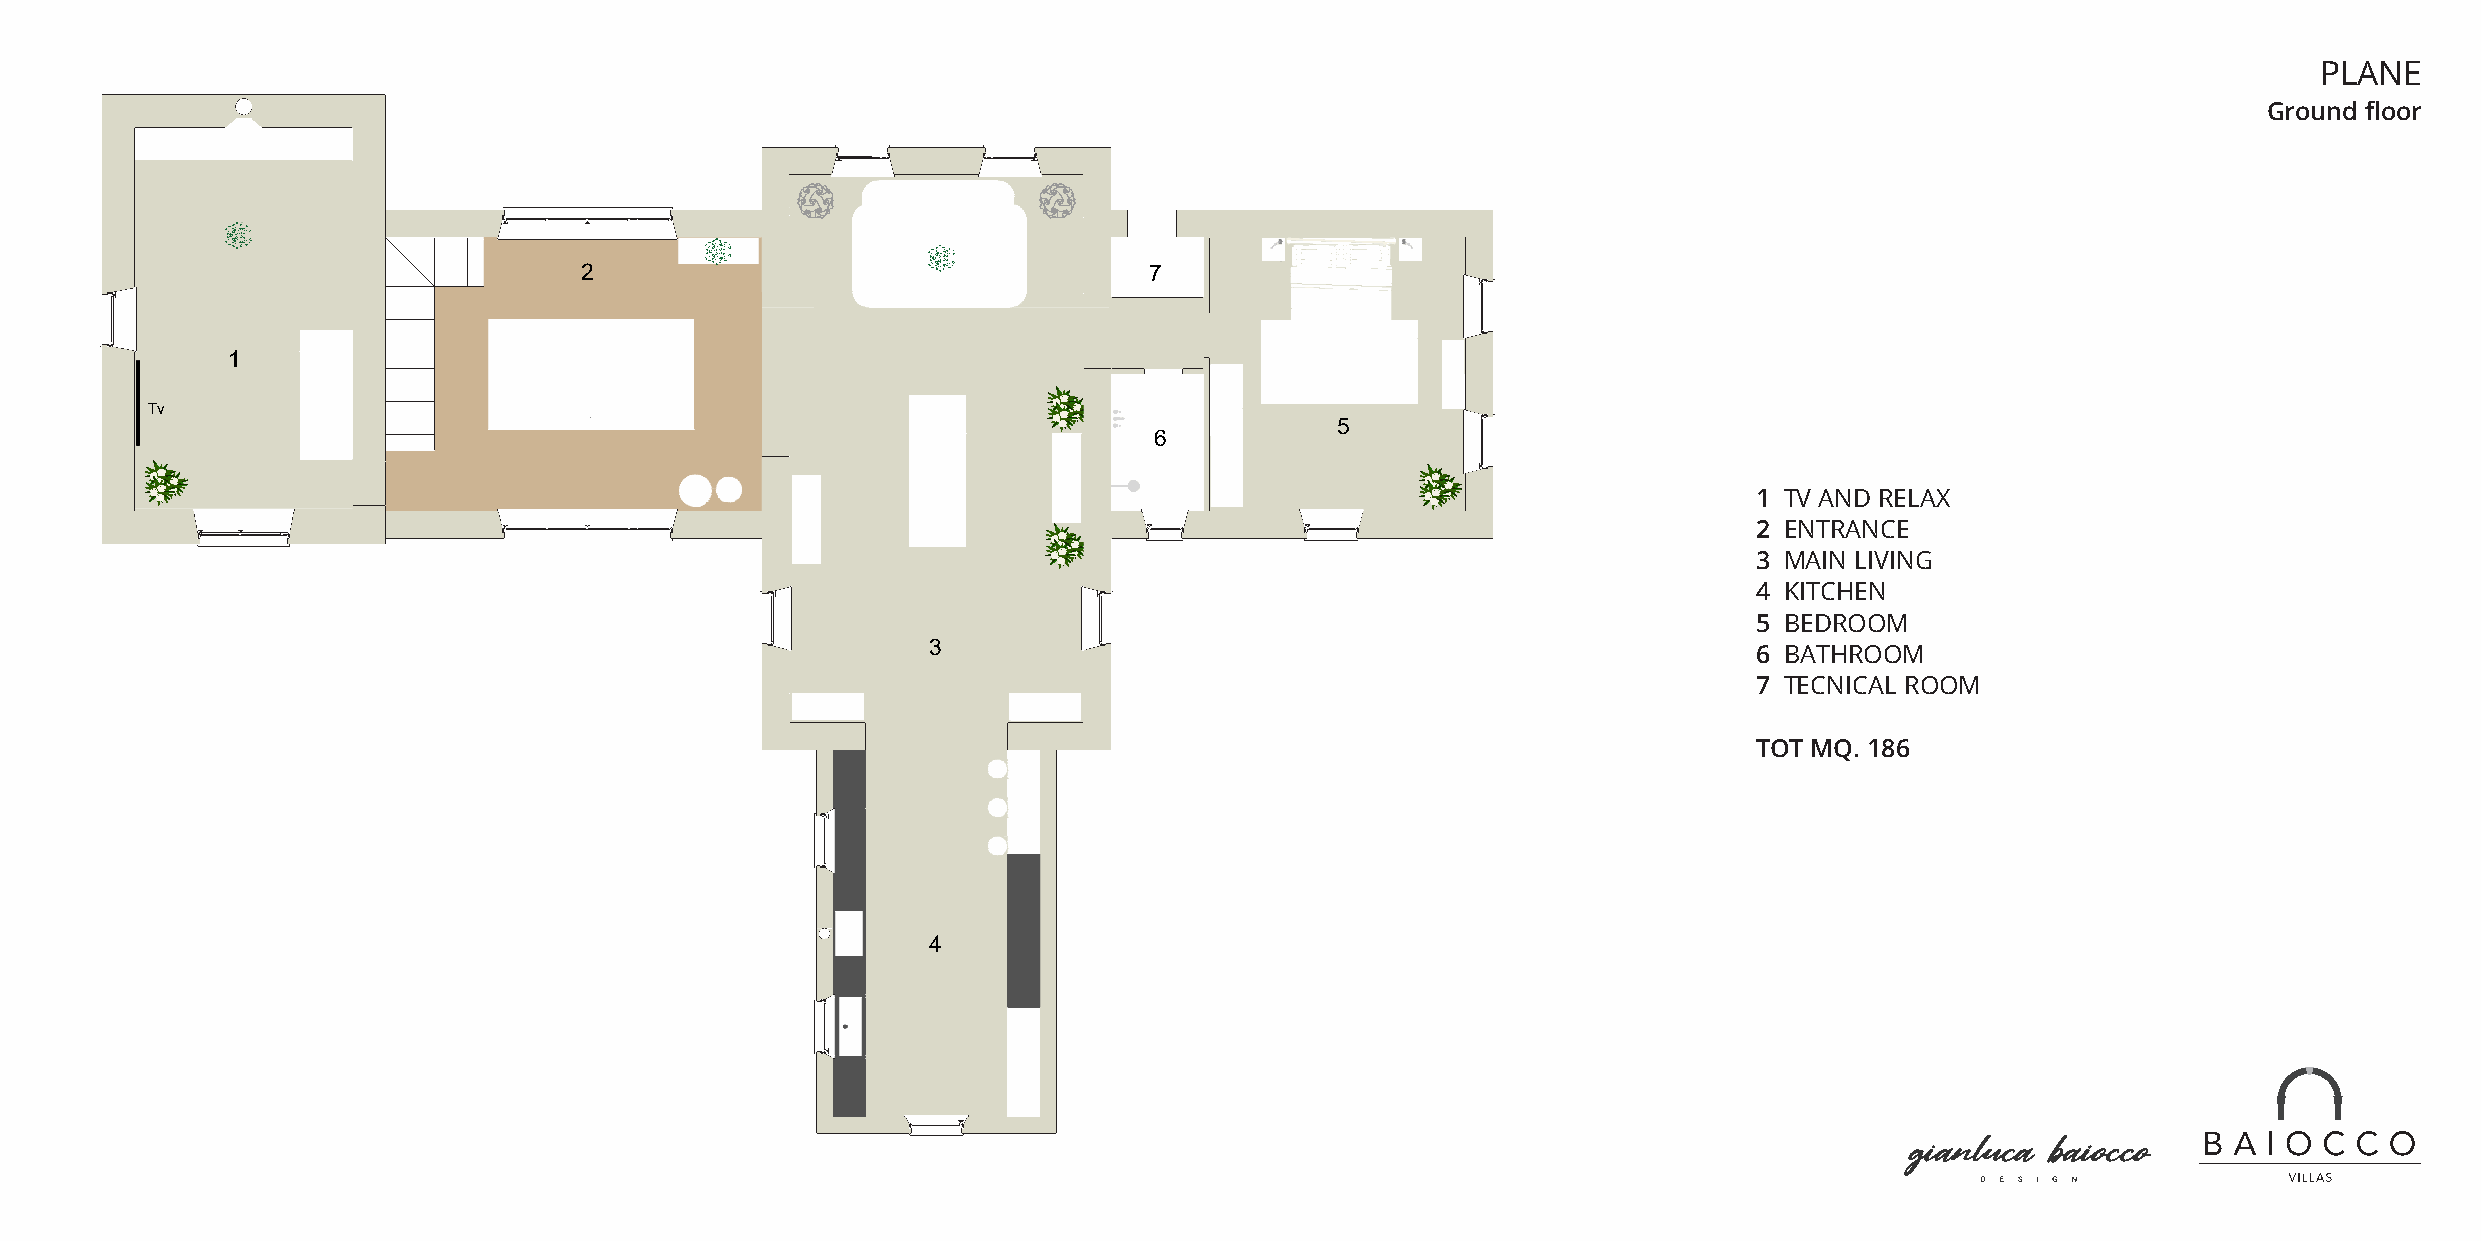
PLANE
 1    Tv and relax
 Ground floor
 2    Entrance
 3    Main living
 2                                     7
 4    Kitchen
 5    Bedroom
 1
 6    Bathroom
 Tv
 5
 6
 7    Tecnical room
 1 TV AND RELAX
 T2otE mNTqR. A 1N8C6E
 3 MAIN LIVING
 4 KITCHEN
 5 BEDROOM
 3                                                      6 BATHROOM
 7 TECNICAL ROOM
 TOT MQ. 186
 4
 GROUND FLOOR